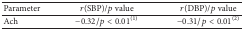
| Parameter | r(SBP)/p value | r(DBP)/p value |
 | --- | --- | --- |
 | Ach | −0.32/p < 0.01(1) | −0.31/p < 0.01(2) |